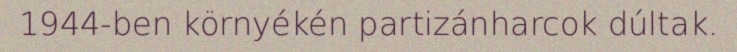
1944-ben környékén partizánharcok dúltak.